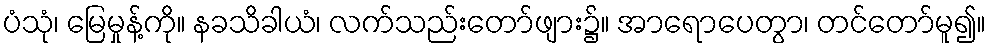
ပံသုံ၊ မြေမှုန့်ကို။ နခသိခါယံ၊ လက်သည်းတော်ဖျား၌။ အာရောပေတွာ၊ တင်တော်မူ၍။